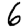
Digit: 6